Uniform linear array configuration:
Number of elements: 64
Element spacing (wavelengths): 0.5
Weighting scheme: kaiser
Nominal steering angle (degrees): -15
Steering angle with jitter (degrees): -16.093
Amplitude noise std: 0.05
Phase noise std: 0.05

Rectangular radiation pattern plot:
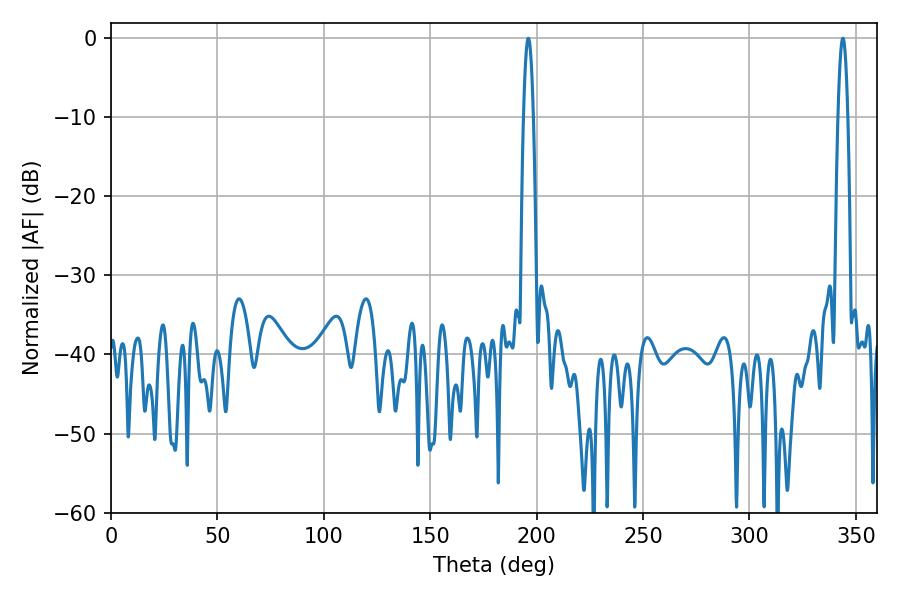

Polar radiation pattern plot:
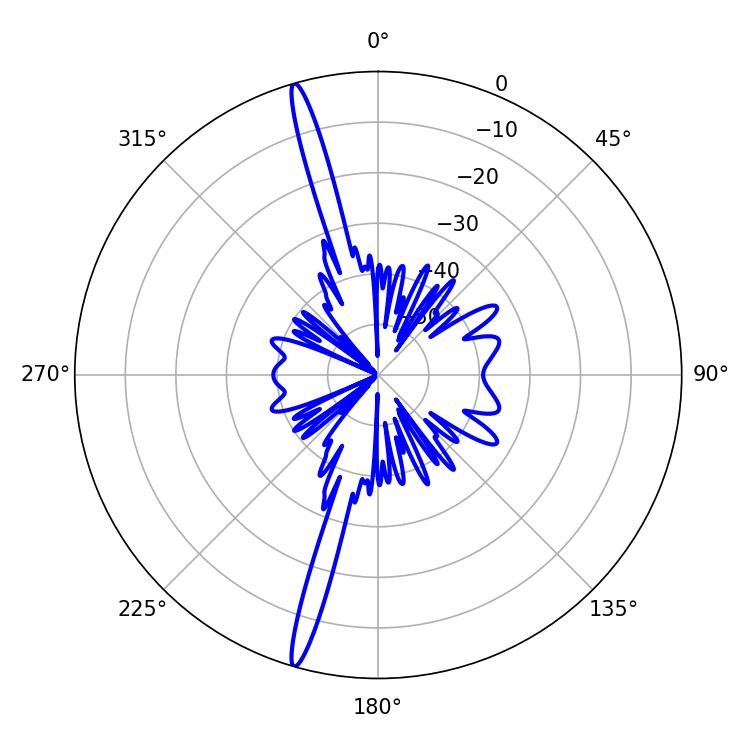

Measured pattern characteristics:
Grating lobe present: FALSE
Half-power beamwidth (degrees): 2.34
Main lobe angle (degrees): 196.02